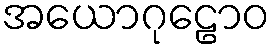
အယောဂုဠောဝ